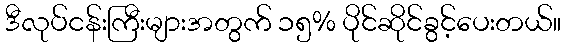
ဒီလုပ်ငန်းကြီးများအတွက် ၁၅% ပိုင်ဆိုင်ခွင့်ပေးတယ်။